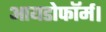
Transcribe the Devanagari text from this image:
आयडोफॉर्म।